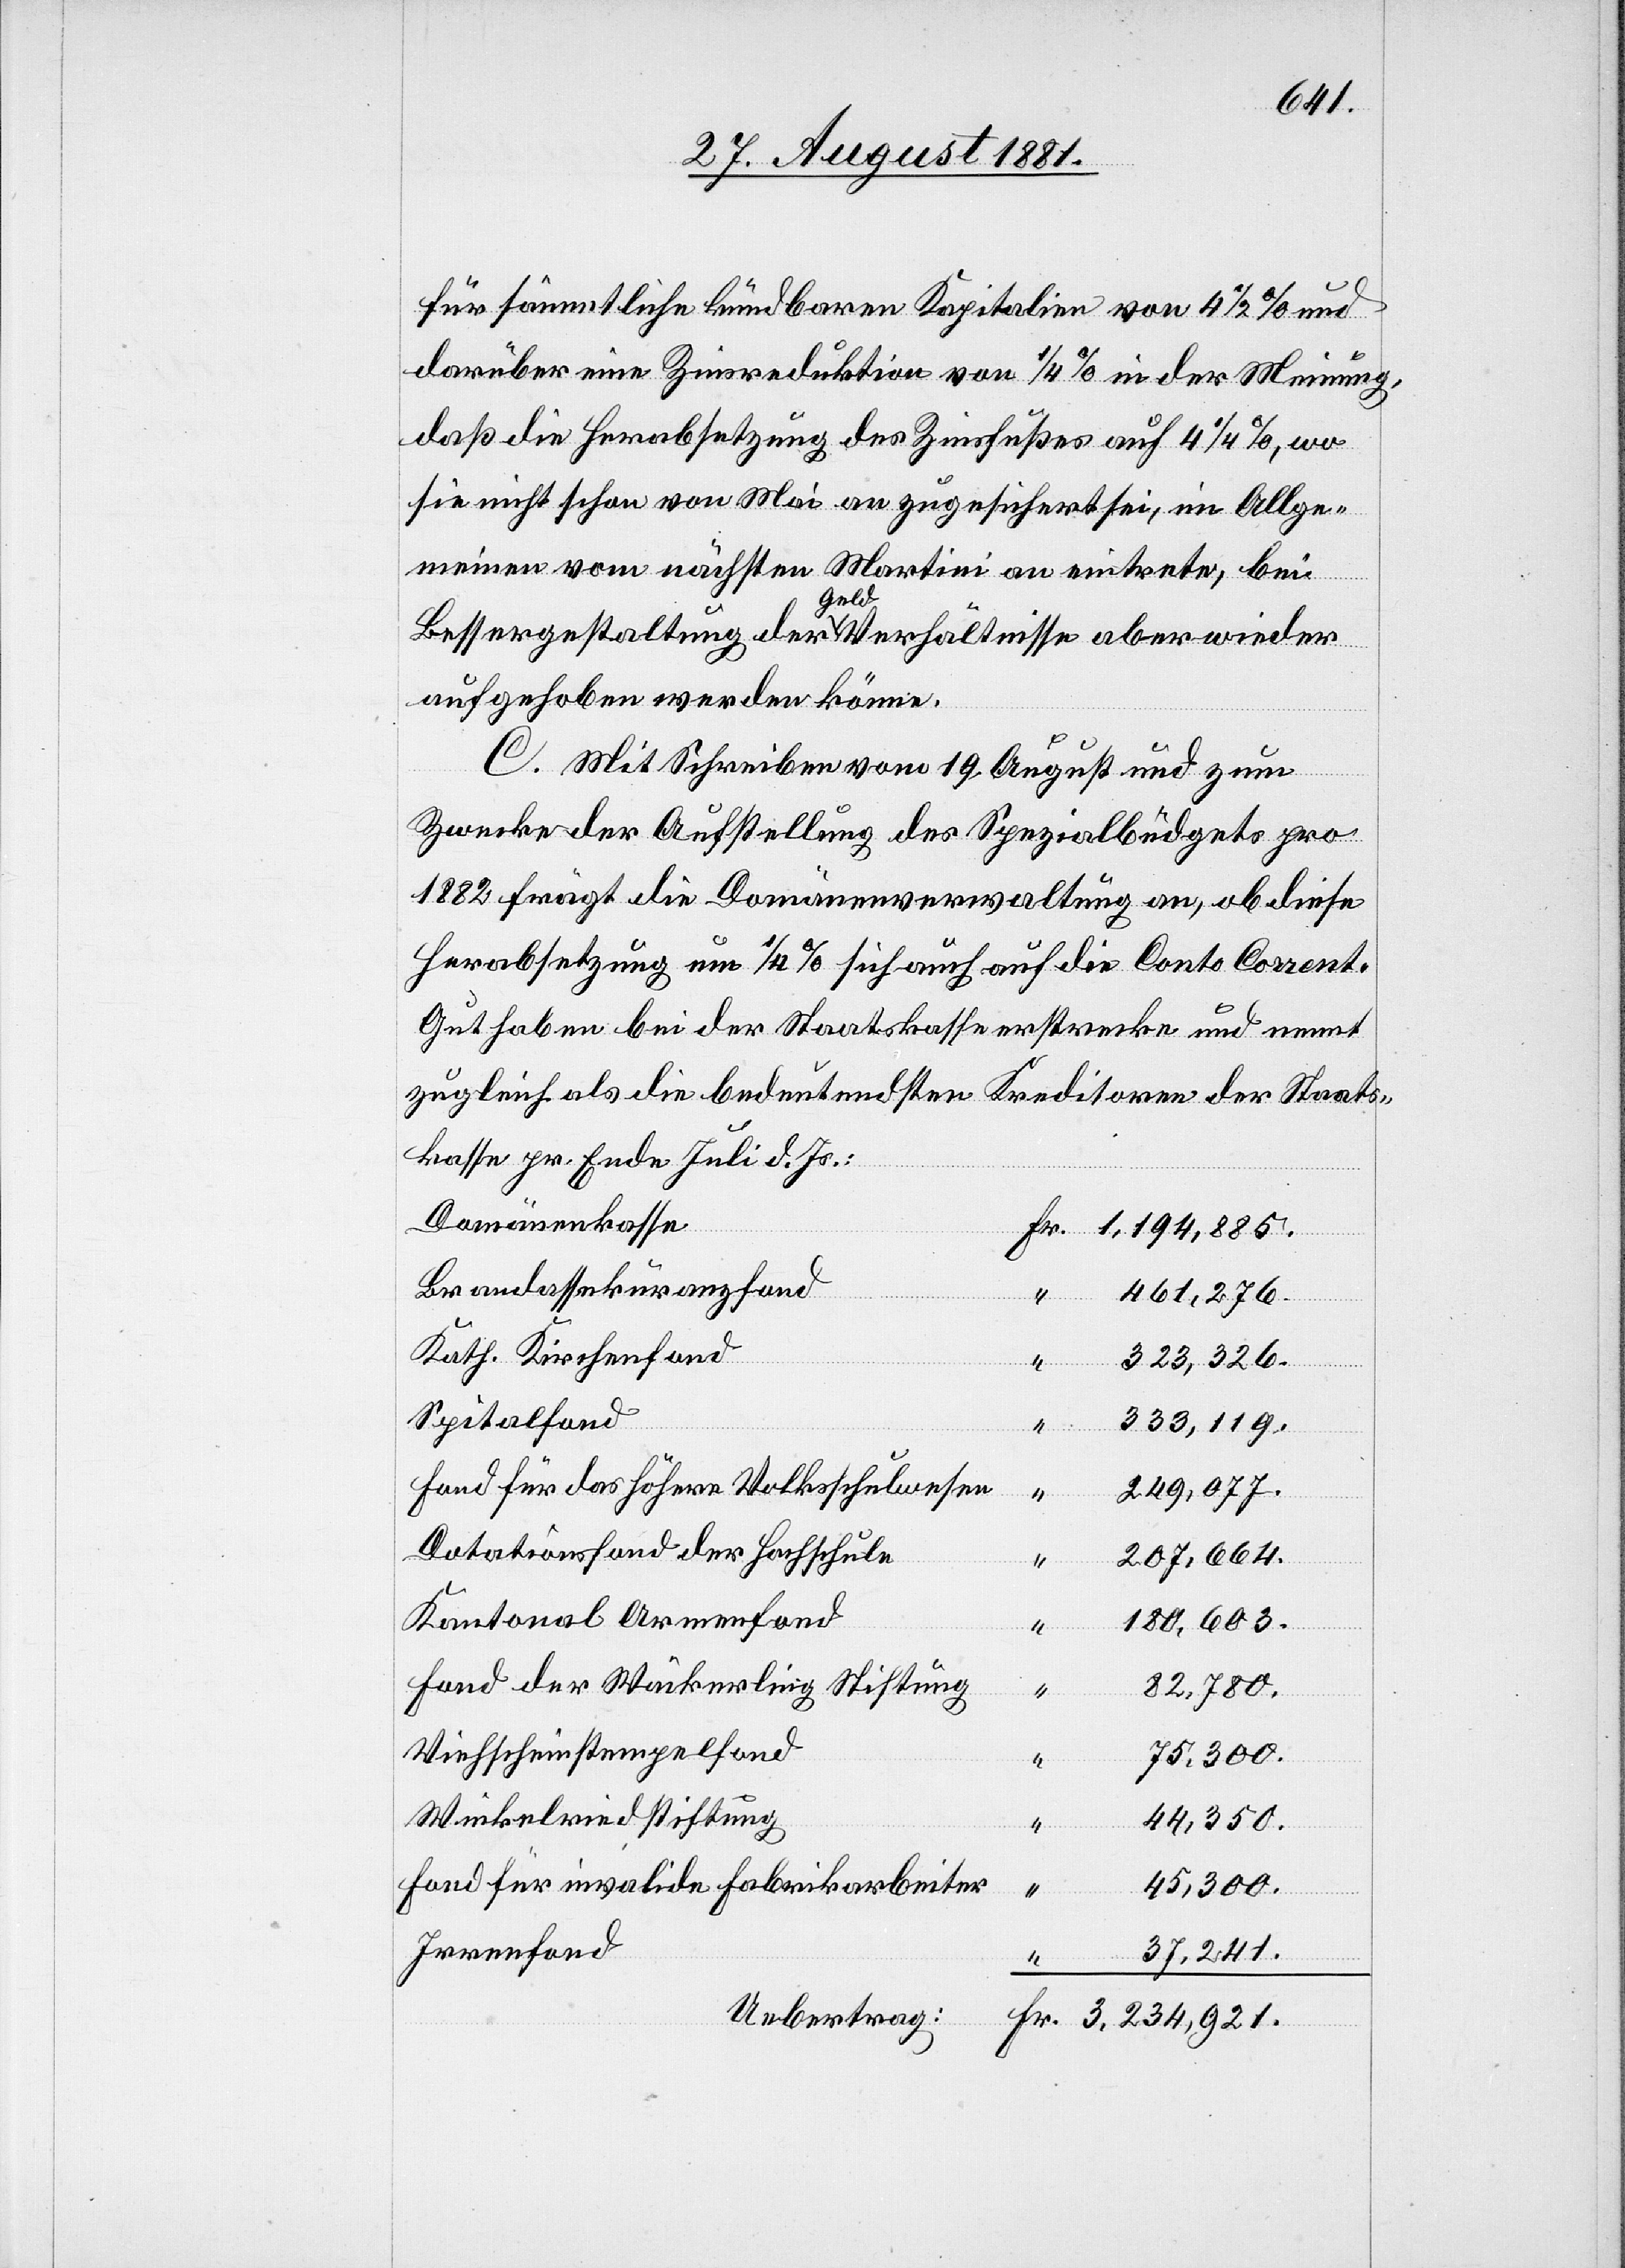
für sämmtliche kündbare Kapitalien von 4 1/2% und
darüber eine Zinsreduktion von 1/4% in der Meinung,
daß die Herabsetzung des Zinsfußes auf 4 1/4%, wo
sie nicht schon von Mai an zugesichert sei, im Allge¬
meinen vom nächsten Martini an eintrete, bei
Bessergestaltung der Geld Verhältnisse aber wieder
aufgehoben werden könne.
C. Mit Schreiben vom 19. August und zum
Zwecke der Aufstellung des Spezialbüdgets pro
1882 frägt die Domänenverwaltung an, ob diese
Herabsetzung um 1/4% sich auch auf die Conto Corrent-G¬
uthaben bei der Staatskasse erstrecke und nennt
zugleich als die bedeutendsten Kreditoren der Staats¬
kasse pr. Ende Juli d. Js.:
Domänenkasse
Brandassekuranzfond
Fr.
461,276.
Kath. Kirchenfond
323,326.
Spitalfond
333,119.
Fond für das höhere Volksschulwesen
249,077.
Dotationsfond der Hochschule
207,664.
Kantonal Armendfond
180,603.
Fond der Wäckerling
Stiftung
82,780.
Viehscheinstempelfond
75,300.
Winkelriedstiftung
44,350.
Fond für invalide Fabrikarbeiter
45,300
Irrenfond
37,241.
Uebertrag